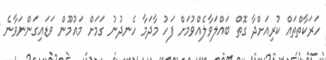
ހަރަކާތްތައް ކުރިއަށްދާ ގޮތް ބައްލަވާލެއްވުމަށް ފަހު މާދަމާ ހެނދުނު ގަމަށް މައުމޫން ވަޑައިގަންނަވާނެ